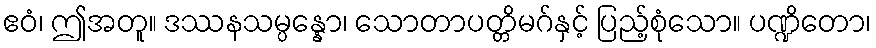
ဧဝံ၊ ဤအတူ။ ဒဿနသမ္ပန္နော၊ သောတာပတ္တိမဂ်နှင့် ပြည့်စုံသော။ ပဏ္ဍိတော၊